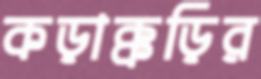
কড়াক্কড়ির